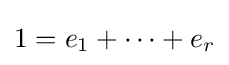
1=e_{1}+\dots +e_{r}